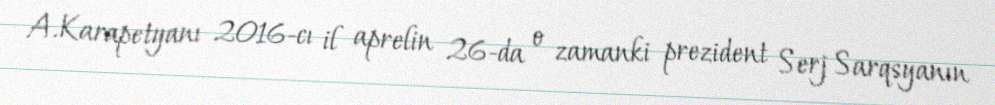
A.Karapetyanı 2016-cı il aprelin 26-da o zamanki prezident Serj Sarqsyanın